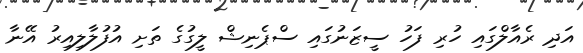
އަދި ރެއާލްގައި ހުރި ފަހު ސީޒަނުގައި ސްޕެނިޝް ލީގުގެ ތަށި އުފުލާލިއިރު އޭނާ